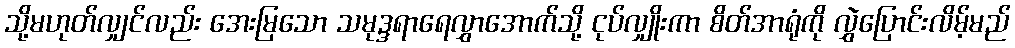
သို့မဟုတ်လျှင်လည်း အေးမြသော သမုဒ္ဒရာရေလွှာအောက်သို့ ငုပ်လျှိုးကာ စိတ်အာရုံကို လွှဲပြောင်းလိမ့်မည်